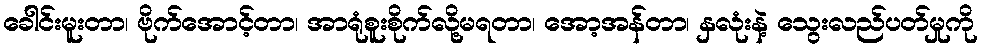
ခေါင်းမူးတာ၊ ဗိုက်အောင့်တာ၊ အာရုံစူးစိုက်လို့မရတာ၊ အော့အန်တာ၊ နှလုံးနဲ့ သွေးလည်ပတ်မှုကို